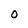
Character: O